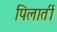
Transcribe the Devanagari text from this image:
पिलातीं